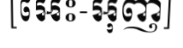
[អេះ-អុញ]